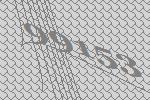
99153